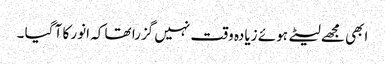
ابھی مجھے لیٹے ہوئے زیادہ وقت نہیں گزرا تھا کہ انور کا آ گیا ۔